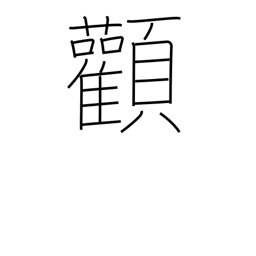
Meaning: cheekbone